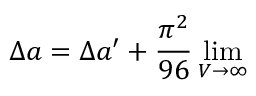
\Delta a = \Delta a ^ { \prime } + { \frac { \pi ^ { 2 } } { 9 6 } \operatorname * { l i m } _ { V \rightarrow \infty } }